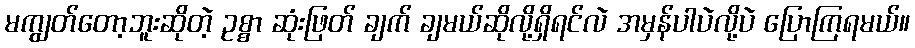
မကျွတ်တော့ဘူးဆိုတဲ့ ဥစ္စာ ဆုံးဖြတ် ချက် ချမယ်ဆိုလို့ရှိရင်လဲ အမှန်ပါပဲလို့ပဲ ပြောကြရမယ်။